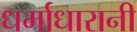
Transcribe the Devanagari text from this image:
धर्माधारानी